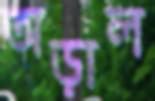
অড়াল